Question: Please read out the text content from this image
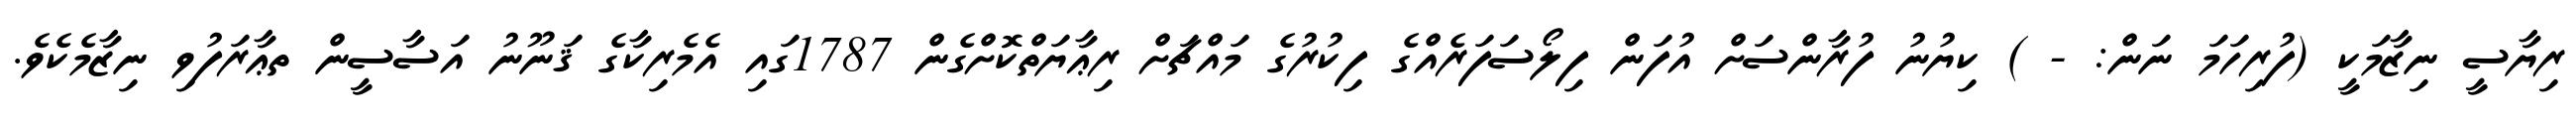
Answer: ރިޔާސީ ނިޒާމަކީ (ފުރިހަމަ ނަން: - ) ކިޔުނު ފުރާންސަށް އުފަން ފިލޯސަފަރެއްގެ ފިކުރުގެ މައްޗަށް ރިޢާޔަތްކޮށްގެން 1787ގައި އެމެރިކާގެ ޤަނޫނު އަސާސީން ތޢާރަފުވި ނިޒާމެކެވެ.